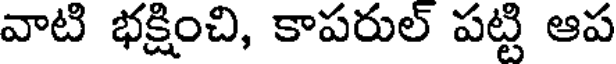
వాటి భక్షించి, కాపరుల్ పట్టి ఆప